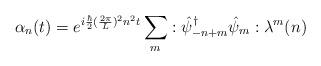
LaTeX: \begin{align*}\alpha_n (t) = e^{i{\hbar\over 2}({2\pi\over L})^2 n^2 t}\sum_m:{\hat\psi_{-n+m}}^\dagger \hat\psi_m: \lambda^m(n)\end{align*}